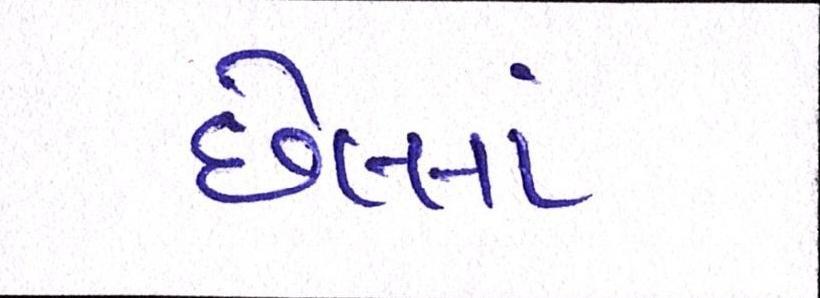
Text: છેલ્લાં